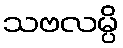
သဗလမ္ပိ